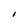
Character: I